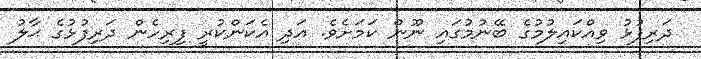
ދަރިފުޅު ވިއްކައިލުމުގެ ބޭނުމުގައި ނޫން ކަމަށެވެ. އަދި އެކަންކުރީ ފިރިހެން ދަރިފުޅުގެ ޙާލު